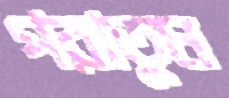
পরাতুম